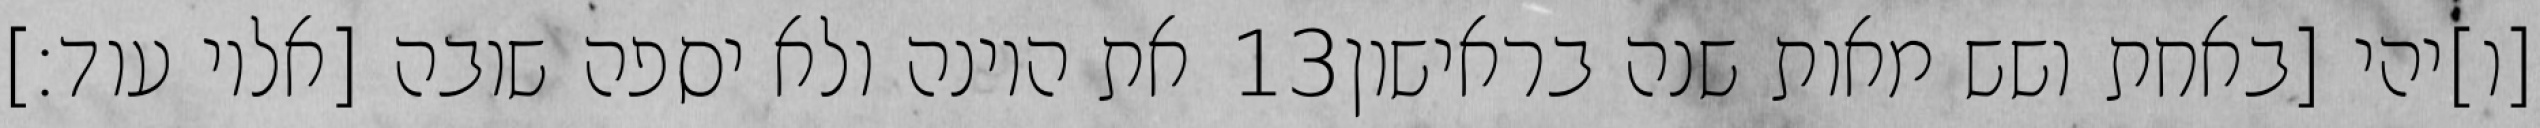
את היונה ולא יספה שובה [אליו עוד׃] ‎13‏ [ו]יהי [באחת ושש מאות שנה בראישון